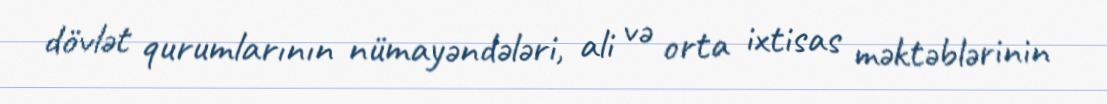
dövlət qurumlarının nümayəndələri, ali və orta ixtisas məktəblərinin